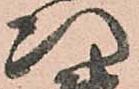
次